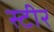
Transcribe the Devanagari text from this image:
स्टीर